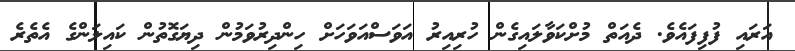
އަރައި ފުފިފައެވެ. ދެއަތް މުށްކަވާލައިގެން ހުރިއިރު އަވަސްއަވަހަށް ހިންދިރުވަމުން ދިޔަގޮތުން ކައިލަންގެ އެތެރެ